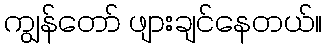
ကျွန်တော် ဖျားချင်နေတယ်။